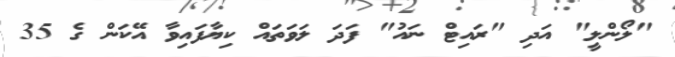
"ލޯންލީ" އަދި "ރައިޓް ނައު" ފަދަ ލަވަތައް ކިޔާފައިވާ އޭކަން ގެ 35